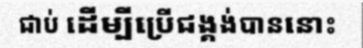
ជាប់ ដើម្បីប្រើជង្គង់បាននោះ